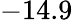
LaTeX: -14.9